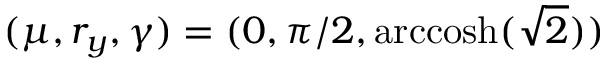
( \mu , r _ { y } , \gamma ) = ( 0 , \pi / 2 , \mathrm { a r c c o s h } ( \sqrt { 2 } ) )